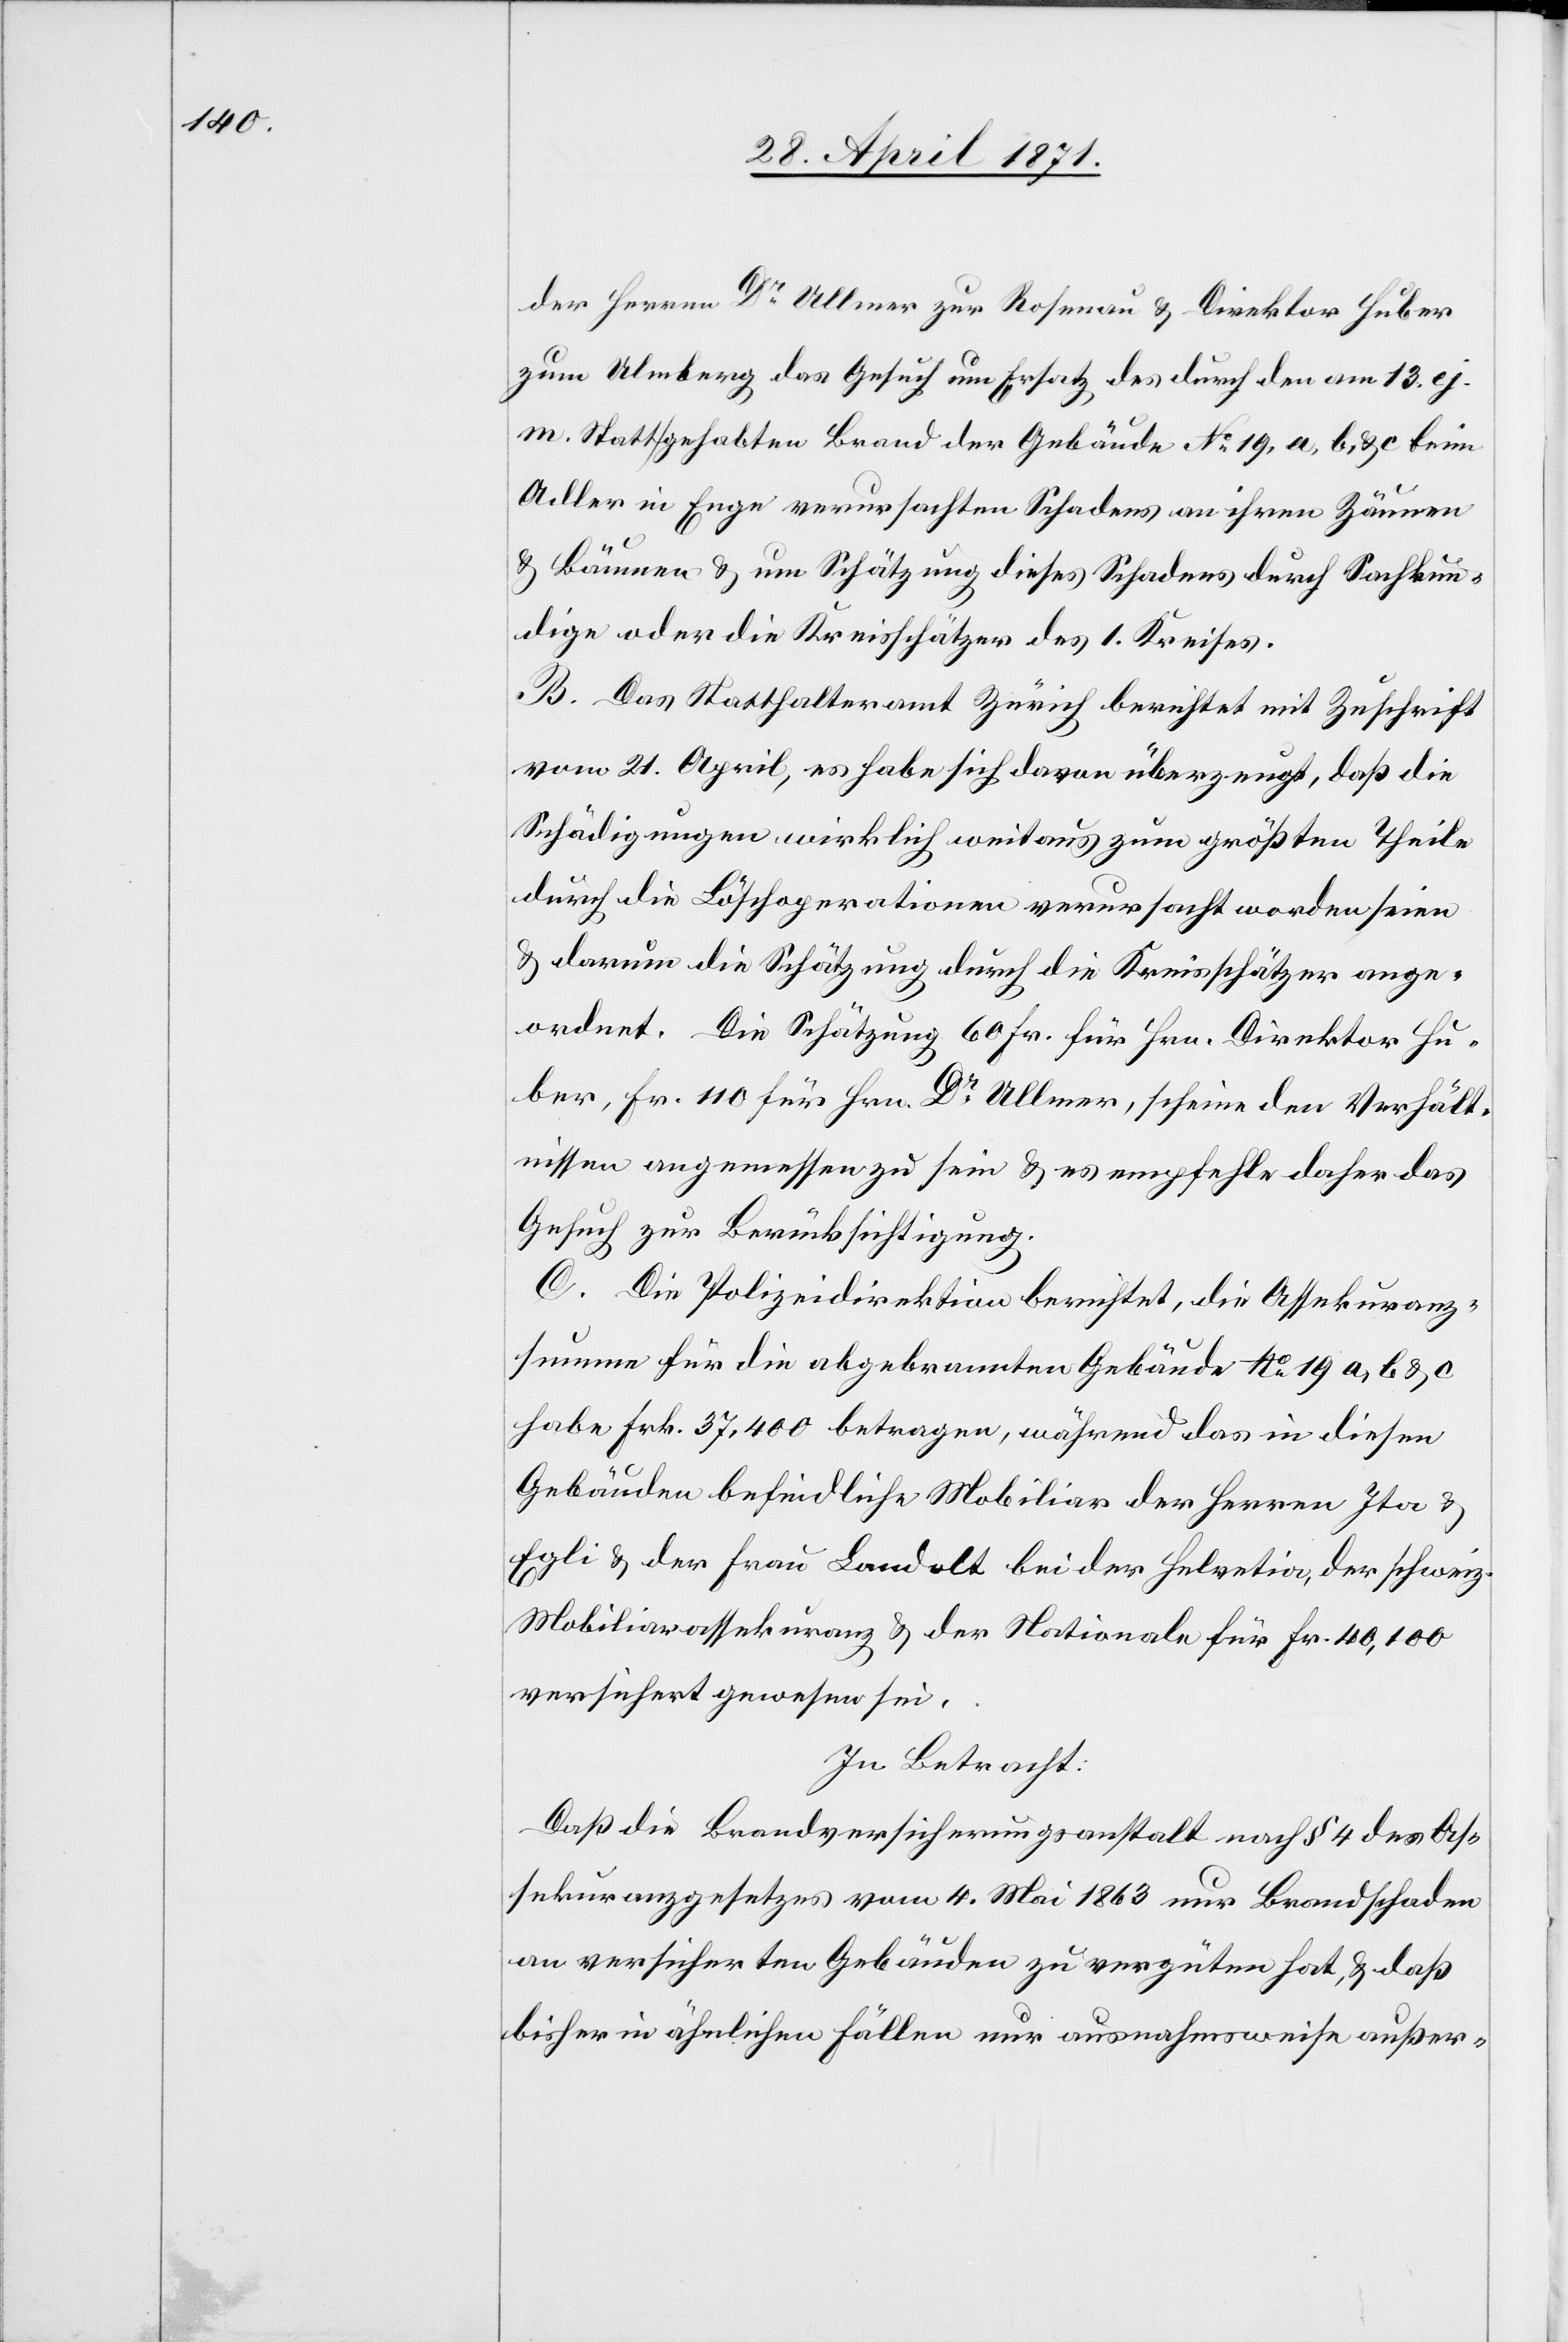
der Herren Dr. Ullmer zur Rosenau u. Direktor Huber
zum Ulmberg das Gesuch um Ersatz des durch den am 13.
m. Stattgehabten Brand der Gebäude No. 19, a, b, u. c. beim
Adler in Enge verursachten Schadens an ihren Zäunen
u. Bäumen u. um Schätzung dieses Schadens durch Sachkun¬
dige oder die Kreisschätzer des 1. Kreises.
B. Das Statthalteramt Zürich berichtet mit Zuschrift
vom 21. April, es habe sich davon überzeugt, daß die
Schädigungen wirklich weitaus zum größten Theile
durch die Löschoperationen verursacht worden seien
u. darum die Schätzung durch die Kreisschätzer ange¬
ordnet. Die Schätzung 60 Fr. für Hrn. Direktor Hu¬
ber, Fr. 110 für Hrn. Dr. Allmer, scheine den Verhält¬
nissen angemessen zu sein u. es empfehle daher das
Gesuch zur Berücksichtigung.
C. Die Polizeidirektion berichtet, die Assekuranz¬
summe für die abgebrannten Gebäude No. a, b, u.
habe Frk. 37,400 betragen, während das in diesen
Gebäuden befindliche Mobiliar der Herren Ita u.
Egli u. der Frau Landolt bei der Helvetia, der schweiz.
Mobiliarassekuranz u. der Nationale für Fr. 40,100
versichert gewesen sei.
In Betracht:
Daß die Brandversicherungsanstalt nach § 4 des As¬
sekuranzgesetzes vom 4. Mai 1863 nur Brandschaden
an versicherten Gebäuden zu vergüten hat, u. daß
bisher in ähnlichen Fällen nur ausnahmsweise außer-